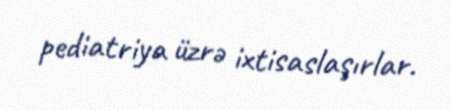
pediatriya üzrə ixtisaslaşırlar.